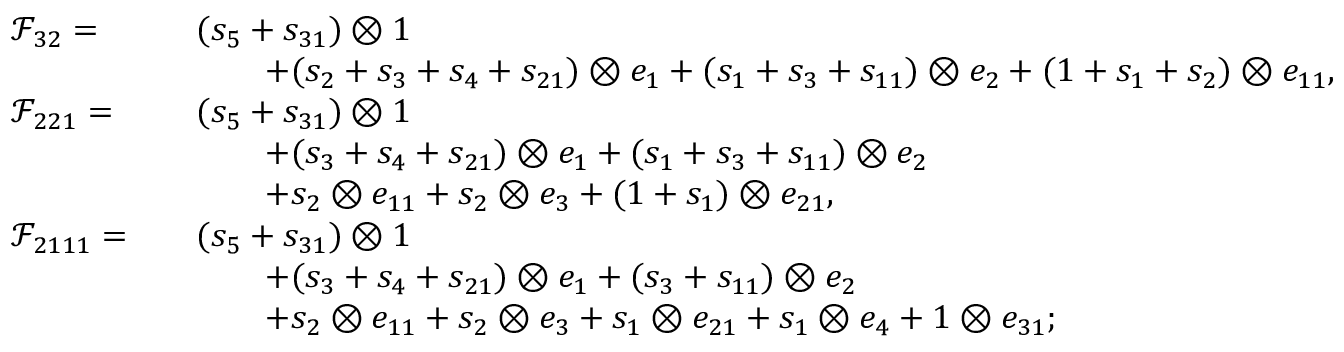
\begin{array} { r l r l } & { \mathcal { F } _ { 3 2 } = } & & { ( s _ { 5 } + s _ { 3 1 } ) \otimes 1 } \\ & { } & & { \qquad + ( s _ { 2 } + s _ { 3 } + s _ { 4 } + s _ { 2 1 } ) \otimes e _ { 1 } + ( s _ { 1 } + s _ { 3 } + s _ { 1 1 } ) \otimes e _ { 2 } + ( 1 + s _ { 1 } + s _ { 2 } ) \otimes e _ { 1 1 } , } \\ & { \mathcal { F } _ { 2 2 1 } = } & & { ( s _ { 5 } + s _ { 3 1 } ) \otimes 1 } \\ & { } & & { \qquad + ( s _ { 3 } + s _ { 4 } + s _ { 2 1 } ) \otimes e _ { 1 } + ( s _ { 1 } + s _ { 3 } + s _ { 1 1 } ) \otimes e _ { 2 } } \\ & { } & & { \qquad + s _ { 2 } \otimes e _ { 1 1 } + s _ { 2 } \otimes e _ { 3 } + ( 1 + s _ { 1 } ) \otimes e _ { 2 1 } , } \\ & { \mathcal { F } _ { 2 1 1 1 } = } & & { ( s _ { 5 } + s _ { 3 1 } ) \otimes 1 } \\ & { } & & { \qquad + ( s _ { 3 } + s _ { 4 } + s _ { 2 1 } ) \otimes e _ { 1 } + ( s _ { 3 } + s _ { 1 1 } ) \otimes e _ { 2 } } \\ & { } & & { \qquad + s _ { 2 } \otimes e _ { 1 1 } + s _ { 2 } \otimes e _ { 3 } + s _ { 1 } \otimes e _ { 2 1 } + s _ { 1 } \otimes e _ { 4 } + 1 \otimes e _ { 3 1 } ; } \end{array}